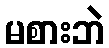
မစားဘဲ